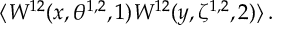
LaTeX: \langle W ^ { 1 2 } ( x , \theta ^ { 1 , 2 } , 1 ) W ^ { 1 2 } ( y , \zeta ^ { 1 , 2 } , 2 ) \rangle \, .